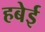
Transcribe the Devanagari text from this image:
हबेई